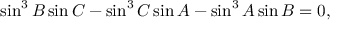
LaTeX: \sin ^ { 3 } B \sin C - \sin ^ { 3 } C \sin A - \sin ^ { 3 } A \sin B = 0 ,